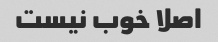
اصلا خوب نیست